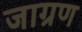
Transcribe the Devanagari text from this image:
जाग्रण